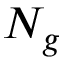
N _ { g }